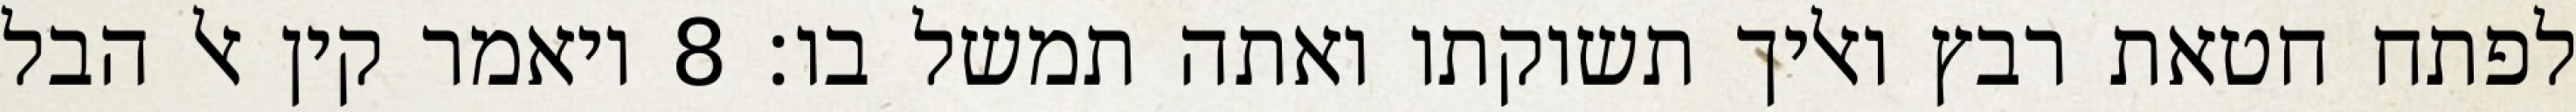
לפתח חטאת רבץ ואליך תשוקתו ואתה תמשל בו׃ ‎8‏ ויאמר קין אל הבל